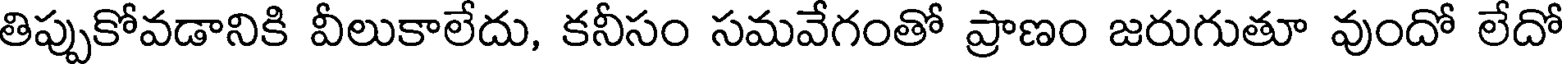
తిప్పుకోవడానికి వీలుకాలేదు, కనీసం సమవేగంతో ప్రాణం జరుగుతూ వుందో లేదో